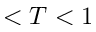
< T < 1